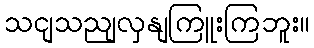
သငျသညျလှနျကြူးကြဘူး။